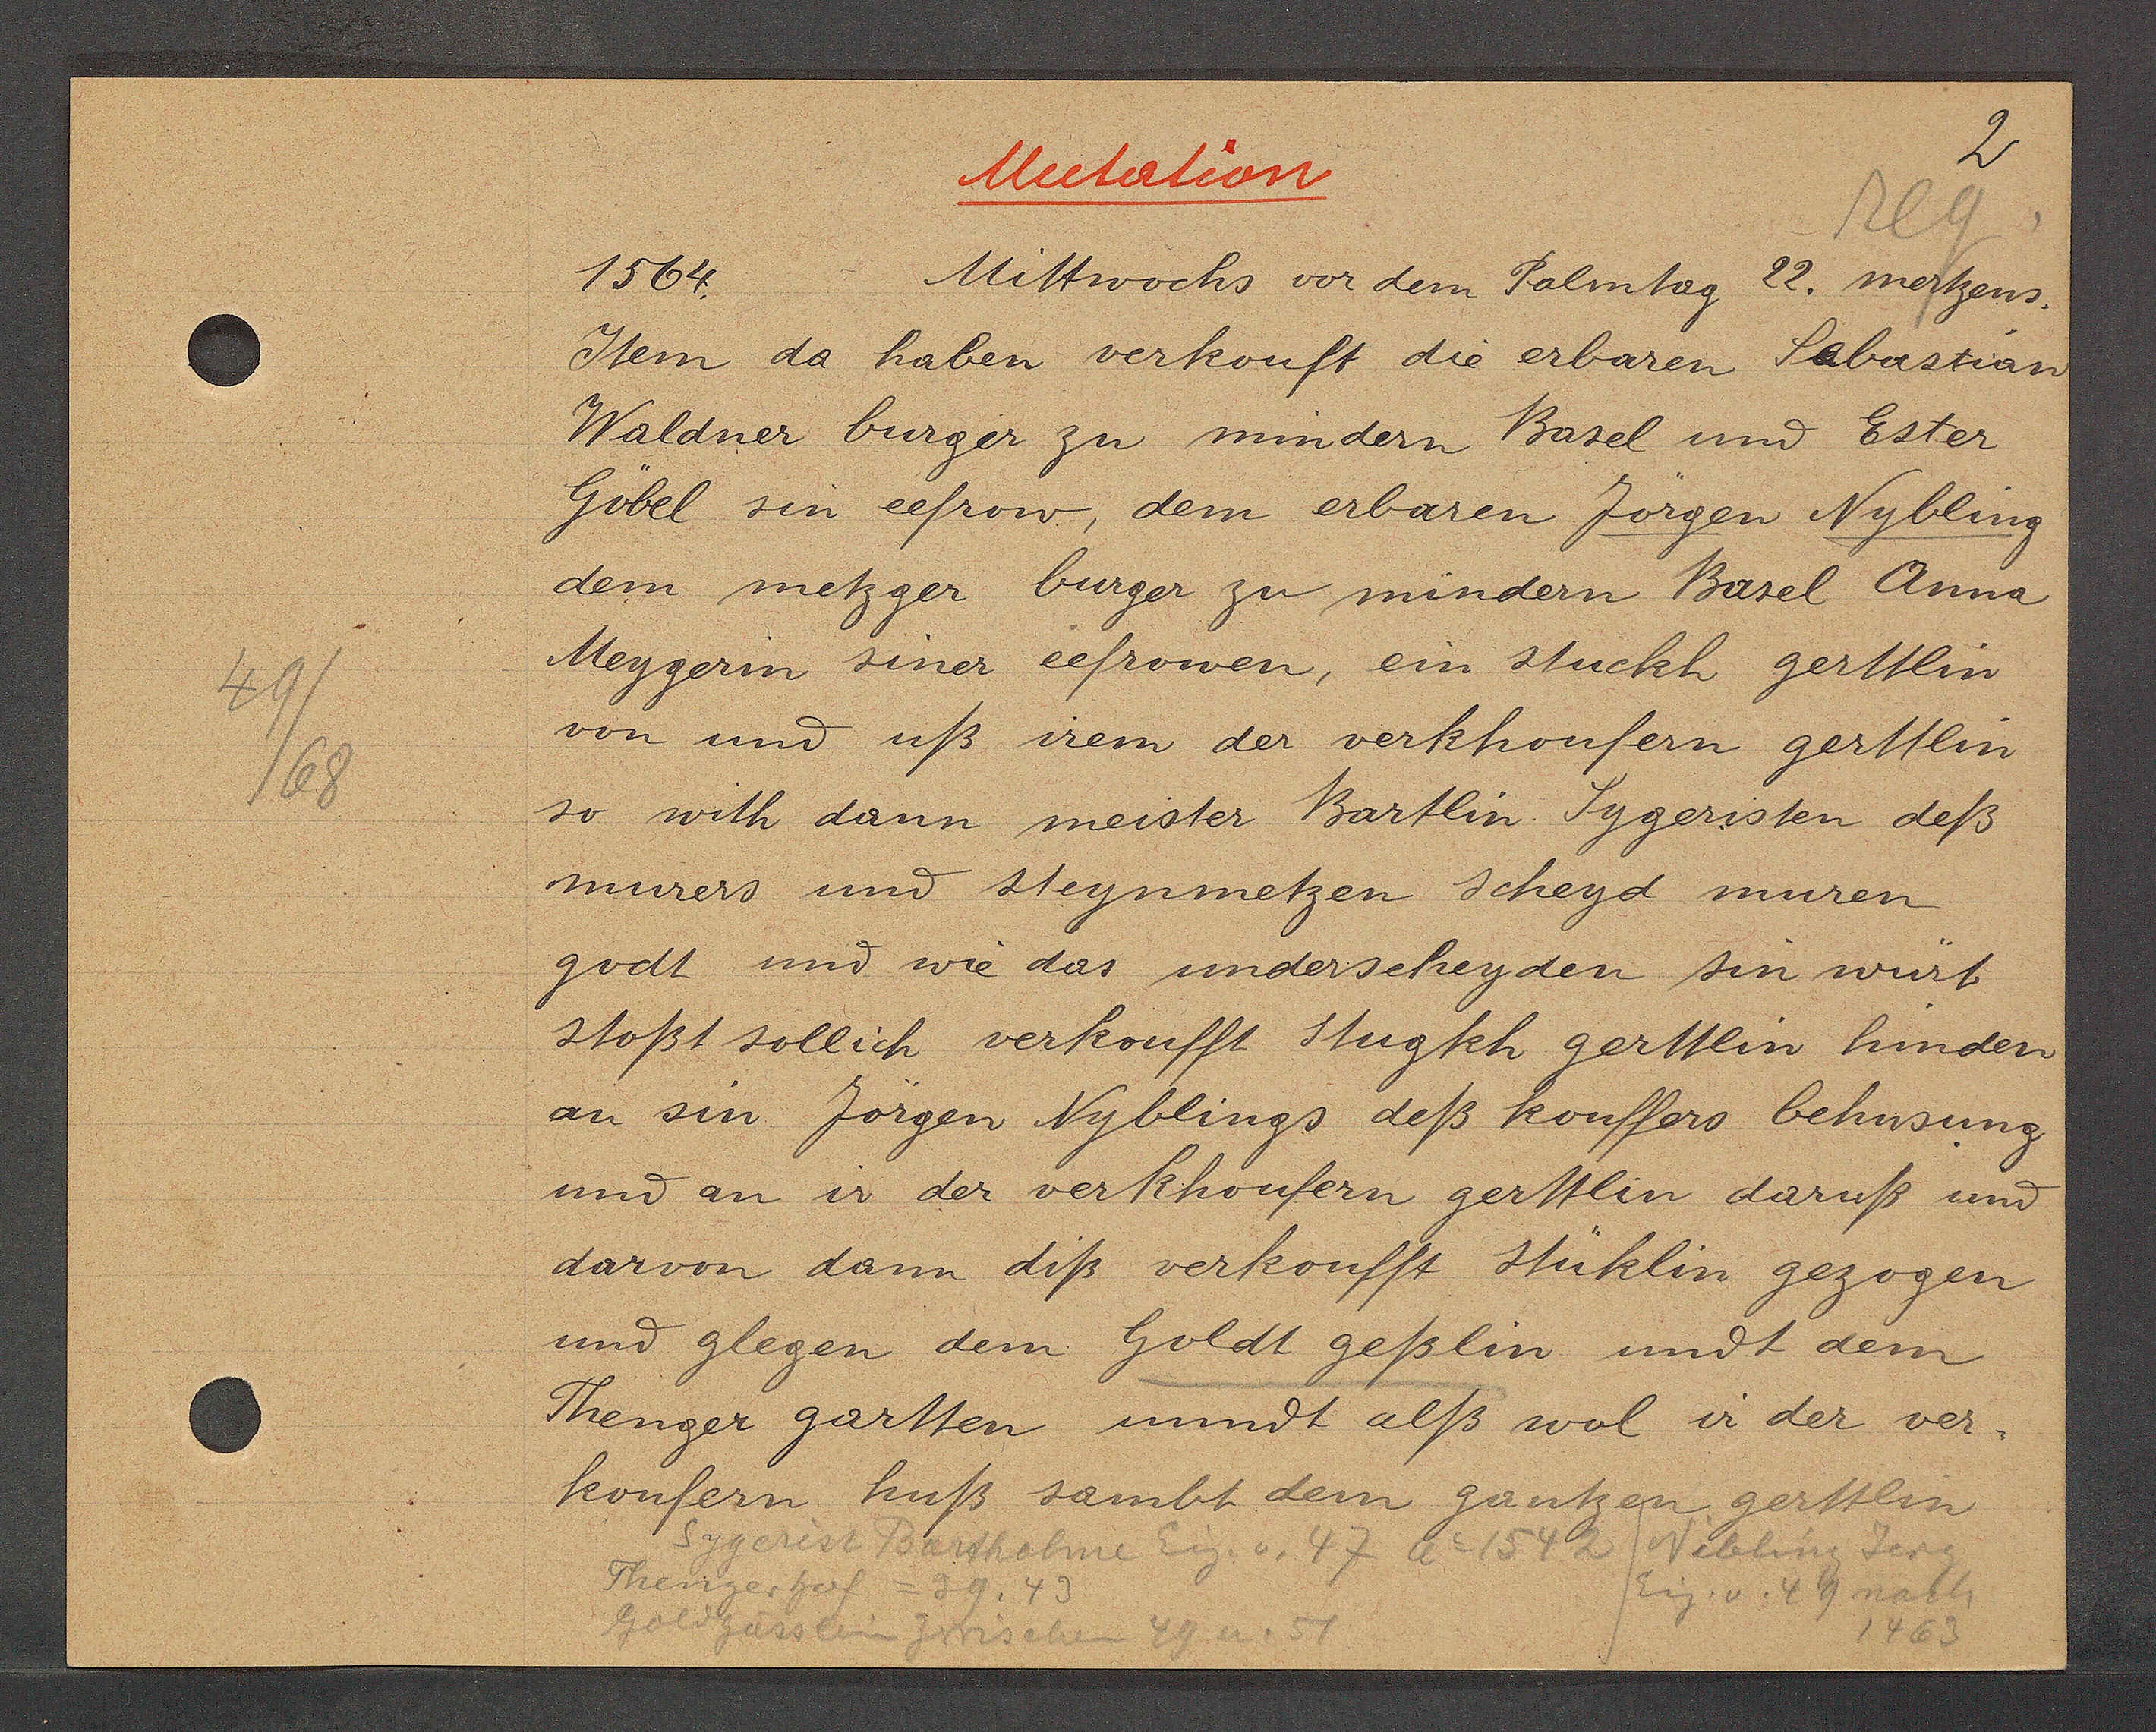
Transcript:
49/
68

Mutation
1564.
Mittwochs vor dem Palmtag 22. mertzens.

Item da haben verkouft die erbaren Sebastian
Waldner burger zu mindern Basel und Ester
Göbel sin eefrow, dem erbaren Jörgen Nybling
dem metzger burger zu mindern Basel Anna
Meygerin siner eefrowen, ein stuckh gerttlin
von und uß irem der verkhoufern gerttlin
so with dann meister Bartlin. Sygeristen deß
murers und steynmetzen scheyd muren
gedt und wie das underscheyden sin würt
stoßst sollich verkoufft stugkh gerttlin hinden
an sin Jörgen Nyblings deß kouffers behusung
und an ir der verkhoufern gerttlin daruß und
darvon dann diß verkoufft stüklin gezogen
und glegen dem Goldt geßlin undt dem
Thenger gartten unndt alß wol ir der ver¬
koufern huß sambt dem gantzen gerttlin

Sygerist Bartholme Eig. v. 47 Ao 1542 Nibling Jorg
Thengerhof = 29.43
(Eig. v. 49 nach
1463
Goldgässlein zwischen 49 u. 57